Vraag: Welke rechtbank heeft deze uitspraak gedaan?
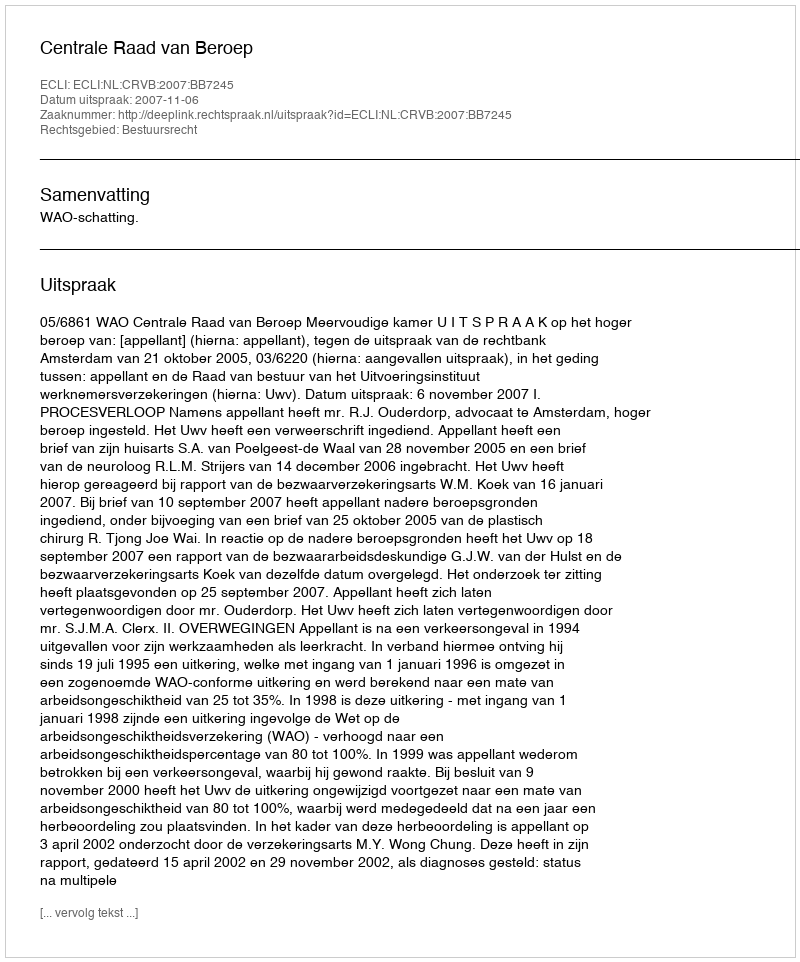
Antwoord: Centrale Raad van Beroep